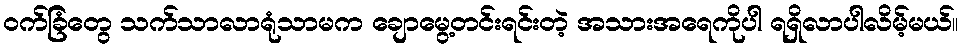
၀က်ခြံတွေ သက်သာလာရုံသာမက ချောမွေ့တင်းရင်းတဲ့ အသားအရေကိုပါ ရရှိလာပါလိမ့်မယ်။